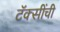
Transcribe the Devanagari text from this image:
टॅक्सींची